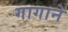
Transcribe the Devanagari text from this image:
गागाने